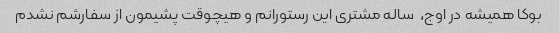
بوکا همیشه در اوج،  ساله مشتری این رستورانم و هیچوقت پشیمون از سفارشم نشدم